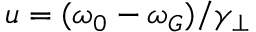
u = ( \omega _ { 0 } - \omega _ { G } ) / \gamma _ { \perp }